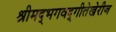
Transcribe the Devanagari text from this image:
श्रीमद्‌भगवद्‌गीतेखेरीज